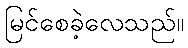
မြင်စေခဲ့လေသည်။